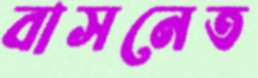
বাসনেত